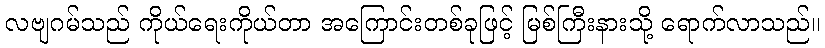
လဗျဂမ်သည် ကိုယ်ရေးကိုယ်တာ အကြောင်းတစ်ခုဖြင့် မြစ်ကြီးနားသို့ ရောက်လာသည်။